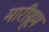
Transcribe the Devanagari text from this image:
मारीग्रूम